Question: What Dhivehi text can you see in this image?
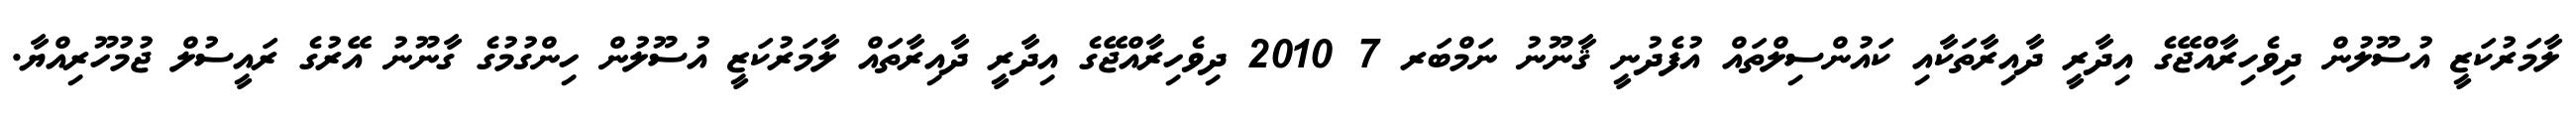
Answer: ލާމަރުކަޒީ އުސޫލުން ދިވެހިރާއްޖޭގެ އިދާރީ ދާއިރާތަކާއި ކައުންސިލްތައް އުފެދުނީ ޤާނޫނު ނަމްބަރ 7 2010 ދިވެހިރާއްޖޭގެ އިދާރީ ދާއިރާތައް ލާމަރުކަޒީ އުސޫލުން ހިންގުމުގެ ގާނޫނު އޭރުގެ ރައީސުލް ޖުމުހޫރިއްޔާ.